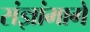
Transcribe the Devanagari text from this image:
संज्ञांमागे